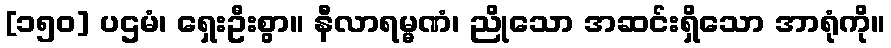
[၁၅၀] ပဌမံ၊ ရှေးဦးစွာ။ နီလာရမ္မဏံ၊ ညိုသော အဆင်းရှိသော အာရုံကို။